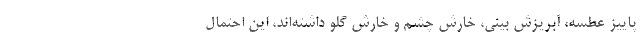
پاییز عطسه، آبریزش بینی، خارش چشم و خارش گلو داشته‌اند، این احتمال